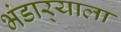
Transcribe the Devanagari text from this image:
भंडार्‍याला